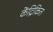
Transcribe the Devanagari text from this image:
केंद्रिकित